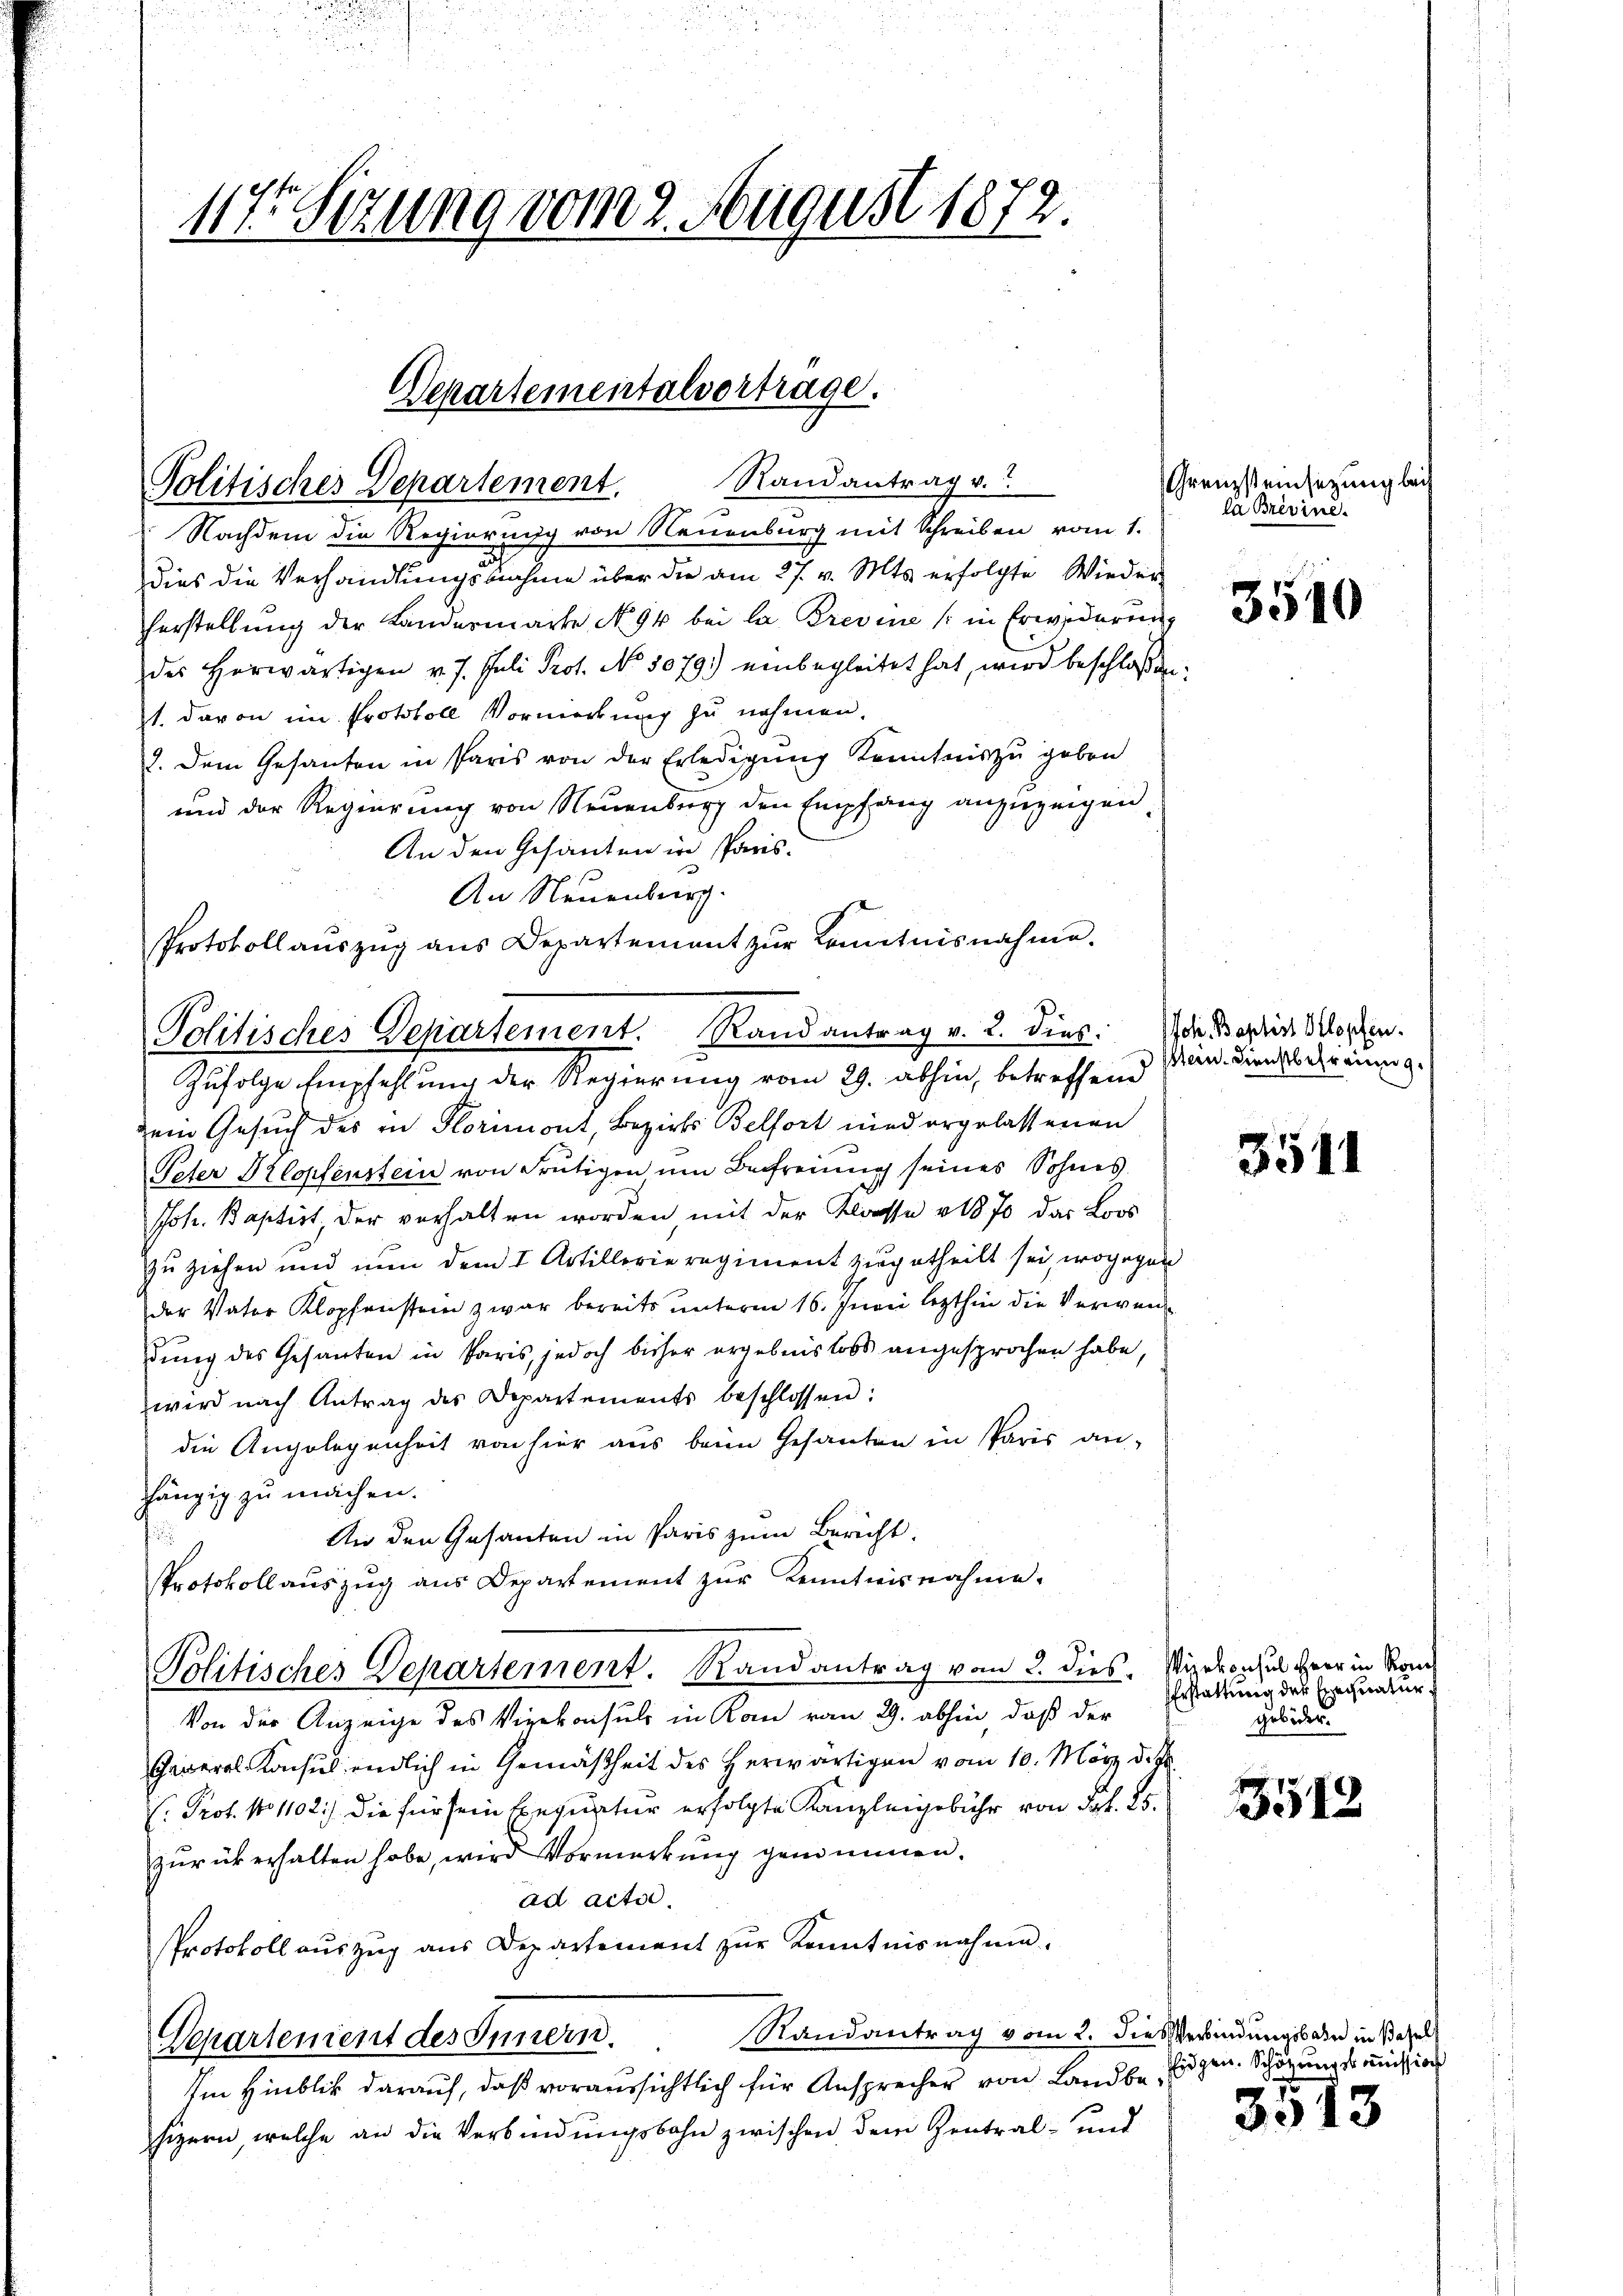
117. Sizung vom 2. August 1872.

Randantrag v.
Politisches Departement.
Nachdem die Regierung von Neuenburg mit Schreiben vom 1.
dies die Verhandlungsbahme über die am 27. v. Mts. erfolgte Wieder-
Verstellung der Landermarke No. 94 bei la Brevine (in Erwiderung
des herwärtigen v. 7. Juli Prot. No 1079.) einbegleitet hat, wird beschlossen:
st. davon im Protokoll Vormerkung zu nehmen.
2. Dem Gesanten in Paris von der Erledigŭng Kenntnis zu geben
und der Regierung von Neuenburg den Empfang anzuzeigen,
An den Gesanten in Paris.
An Neuenburg.
Protokollauszug aus Departement zur Kenntnisnahme.
Politisches Departement. Rand antrag v. 2. dies: die Basis Klopfen.

Zufolge Empfehlung der Regierung vom 29. abhin, betreffend

Departementalvertrage.

Dein Gesuch des in Florimont, Bezirks Belfort mied ergelassenen
Peter Klopfenstein von Frutigen um Befreiungg seines Sohnes
Joh. Baptirt, der verhalten worden mit der Klasse v 1870 das Loos
zu ziehen und nun dem I. Artillerie regiment zugetheilt sei, wogegen
der Vater Klopfenstein zwar bereits unterm 16. Junii lezthin die Verwendung des Gesanten in Paris, jedoch bisher ergebenslos angesprochen habe,
wird nach Antrag des Departements beschlossen:
die Angelegenheit von hier aus beim Gesanten in Paris an-
hängig zu machen.
An den Gesanten in Paris zum Bericht.
f
Protokollauszug aus Departement zur Kenntnisnahme.
Politisches Departement. Randantrag vom 2. dies. Vizekonsul Herr in Kon
Von der Anzeige des Vizekonsul in Kann vom 29. abhin, daß der
General Konsul endlich in Gemäßheit des herwärtigen vom 10. März d. J.
: Prof. No 1102) die für sein Bequatur erfolgte Kanzleigebühr von Frk. 25.
zŭrück erhalten habe, wird Vormerkung genommen.
ad actor.
Protokoll auszug aus Departement zur Kenntnisnahme.
Mandantrag vom 2. Dies Verbindungsbahn in Basel
Departenient des Innern.
Im Hinblick darauf, daß voraussichtlich für Ansprecher von Landbesizern, welche an die Verbindungsbahn zwischen dem Zentral- und

Grenzsteinsezung lei
la Brevine.

3510

Stein. Dienstbefreiung.

3541

Erstattung der Hegnatur,
gebider.

3512

Eidgen. Schätzungskoṁission

3513